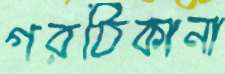
গরঠিকানা